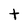
Character: t